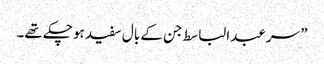
” سر عبدالباسط جن کے بال سفید ہو چکے تھے۔